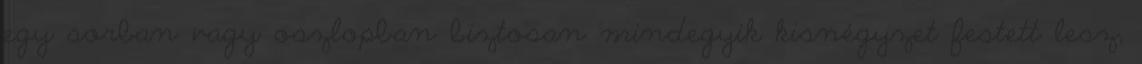
egy sorban vagy oszlopban biztosan mindegyik kisnégyzet festett lesz,